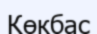
Көкбас